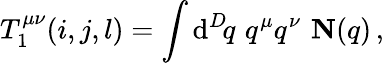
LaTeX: T_{1}^{\mu\nu}(i,j,l)=\int\mathrm{d}^{D}\! q\, \, q^{\mu}q^{\nu}\, \, {\mathbf{N}}(q)\, ,